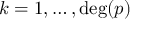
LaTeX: k = 1 , \ldots , \deg ( p )